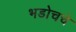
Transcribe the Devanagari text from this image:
भडोचचे